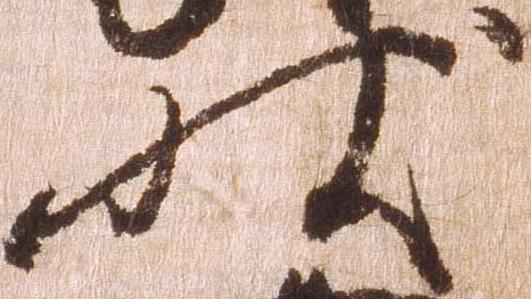
状